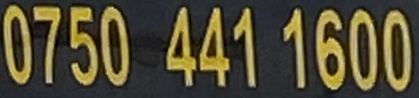
0750 441 1600